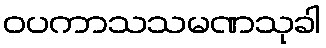
ဝပကာသသမဏသုခါ